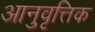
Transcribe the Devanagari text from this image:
आनुवृत्तिक